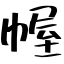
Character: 幄